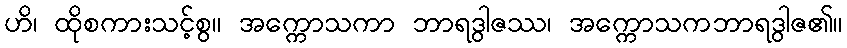
ဟိ၊ ထိုစကားသင့်စွ။ အက္ကောသကာ ဘာရဒွါဇဿ၊ အက္ကောသကဘာရဒွါဇ၏။